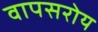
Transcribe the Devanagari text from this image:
वापसरोय